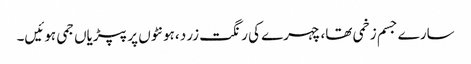
سارے جسم زخمی تھا، چہرے کی رنگت زرد ،ہونٹوں پر پپڑیاں جمی ہوئیں۔